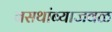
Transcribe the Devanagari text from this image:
बसथांब्याजवळ